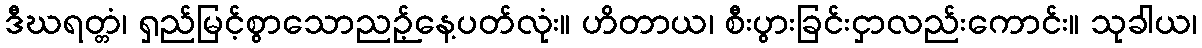
ဒီဃရတ္တံ၊ ရှည်မြင့်စွာသောညဉ့်နေ့ပတ်လုံး။ ဟိတာယ၊ စီးပွားခြင်းငှာလည်းကောင်း။ သုခါယ၊